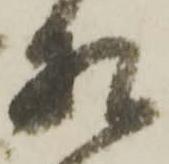
相